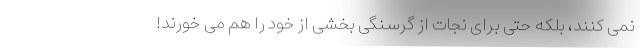
نمی کنند، بلکه حتی برای نجات از گرسنگی بخشی از خود را هم می خورند!